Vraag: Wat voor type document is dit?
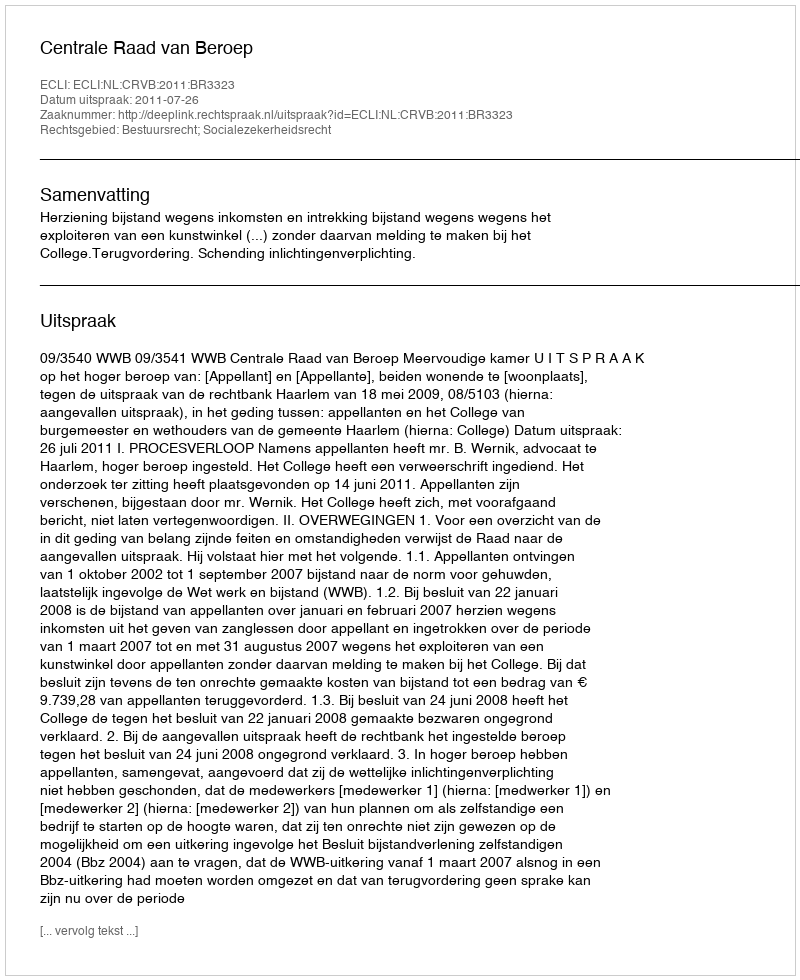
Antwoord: Uitspraak